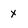
Character: x